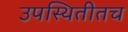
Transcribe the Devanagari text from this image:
उपस्थितीतच